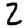
Digit: 2